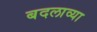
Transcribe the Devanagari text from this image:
बदलाव्या